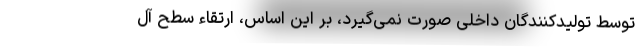
توسط تولیدکنندگان داخلی صورت نمی‌گیرد، بر این اساس، ارتقاء سطح آل